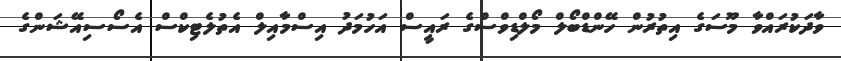
ވާދަކުރައްވާ މޫސަގެ އިތުރުން ހޭންޑްބޯލް މޯލްޑިވްސްގެ ރައީސް އަހުމަދު އިސްމާއިލް އެތުލެޓިކްސް އެސޯސިއޭޝަންގެ